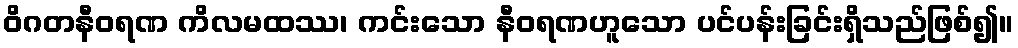
ဝိဂတနီဝရဏ ကိလမထဿ၊ ကင်းသော နီဝရဏဟူသော ပင်ပန်းခြင်းရှိသည်ဖြစ်၍။